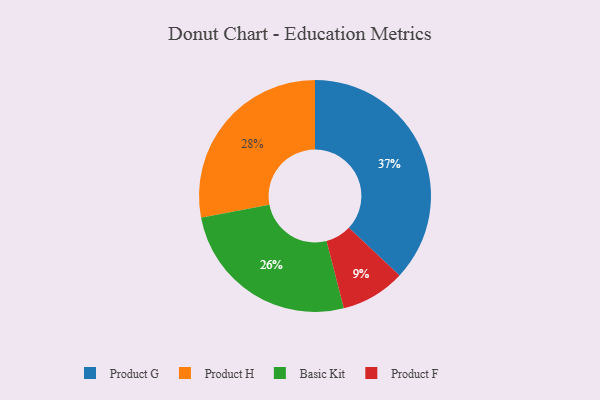
{"axis": {"x": "Category", "y": "Percentage"}, "legend": ["Basic Kit", "Product F", "Product G", "Product H"], "data": [{"x": "Product F", "y": 9, "type": "Product F"}, {"x": "Product H", "y": 28, "type": "Product H"}, {"x": "Basic Kit", "y": 26, "type": "Basic Kit"}, {"x": "Product G", "y": 37, "type": "Product G"}]}